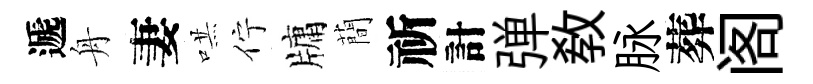
遞舟妻哄佇牗蕳祈計弹教脉葬阁